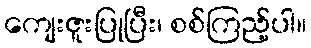
ကျေးဇူးပြုပြီး၊ စစ်ကြည့်ပါ။